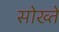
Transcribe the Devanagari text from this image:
सोख्ते